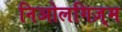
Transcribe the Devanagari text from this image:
निओलगिज़्म